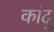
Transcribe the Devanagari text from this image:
कांदू